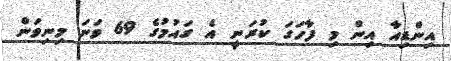
އިންޑިއާ އިން މި ފާހަގަ ކުރަނީ އެ ގައުމުގެ 69 ވަނަ މިނިވަން